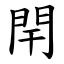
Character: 閈